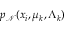
p _ { \mathcal N } ( x _ { i } , \mu _ { k } , \Lambda _ { k } )